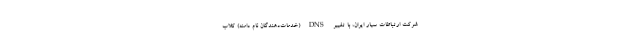
شرکت ارتباطات سیار ایران، با تغییر DNS (خدمات‌دهندگان نام دامنه) کلاب